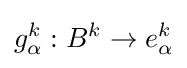
g_{\alpha }^{k}:B^{k}\to e_{\alpha }^{k}